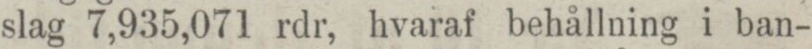
slag 7,935,071 rdr, hvaraf behållning i ban-